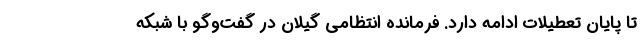
تا پایان تعطیلات ادامه دارد. فرمانده انتظامی گیلان در گفت‌وگو با شبکه